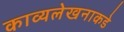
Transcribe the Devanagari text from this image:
काव्यलेखनाकडे